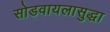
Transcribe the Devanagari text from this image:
सोडवायलासुद्धा